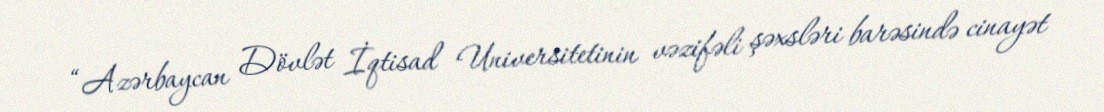
“Azərbaycan Dövlət İqtisad Universitetinin vəzifəli şəxsləri barəsində cinayət